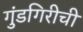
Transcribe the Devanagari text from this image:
गुंडगिरीची